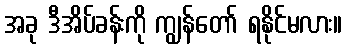
အခု ဒီအိပ်ခန်းကို ကျွန်တော် ရနိုင်မလား။